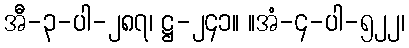
အီ-၃-ပါ-၂၈၇၊ ဋ္ဌ-၂၄၁။ ။အံ-၄-ပါ-၅၂၂၊